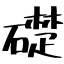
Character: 礎